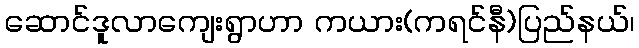
ဆောင်ဒူလာကျေးရွာဟာ ကယား(ကရင်နီ)ပြည်နယ်၊